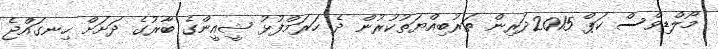
މޯލްޑިވްސް ކަޕް 2015ދަރިން ތަރުބިއްޔަތުކުރުން ދެ ހަރަމްފުޅު ޝީއީންގެ ބާރުގެ ދަށަށް ހިނގައްޖެ